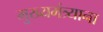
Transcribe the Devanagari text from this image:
मुख्यमंत्र्याना